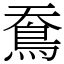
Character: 鴌